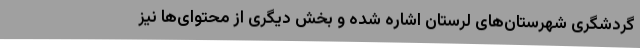
گردشگری شهرستان‌های لرستان اشاره شده و بخش دیگری از محتوای‌ها نیز